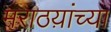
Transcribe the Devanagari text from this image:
मराठय़ांच्या